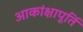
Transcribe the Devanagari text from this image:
आकांक्षापूर्ति